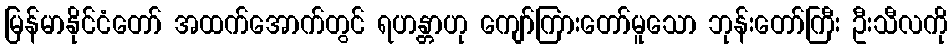
မြန်မာနိုင်ငံတော် အထက်အောက်တွင် ရဟန္တာဟု ကျော်ကြားတော်မူသော ဘုန်းတော်ကြီး ဦးသီလကို